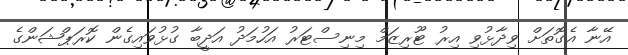
އޭނާ އެގޮތަށް ވިދާޅުވި އިރު ޓޫރިޒަމް މިނިސްޓަރު އަހުމަދު އަދީބާ ގުޅުވައިގެން ކޮރަޕްޝަންގެ